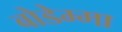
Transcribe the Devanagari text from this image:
बोडेम्मा